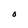
Character: O